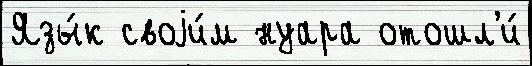
Язы́к своjи́м нуара отошл'и́